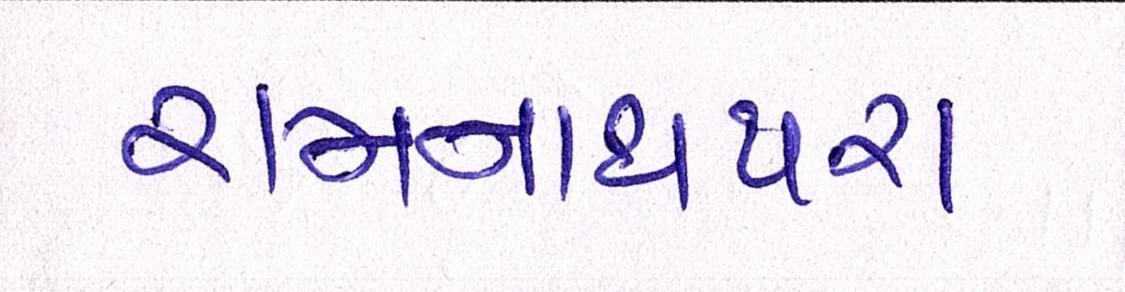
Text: રામનાથપરા